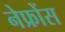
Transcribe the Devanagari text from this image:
नेफ्रोंस